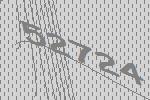
52724